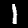
Digit: 1